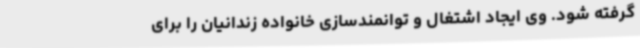
گرفته شود. وی ایجاد اشتغال و توانمندسازی خانواده زندانیان را برای